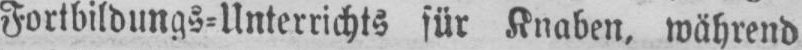
Fortbildungs⸗Unterrichts für Knaben, während